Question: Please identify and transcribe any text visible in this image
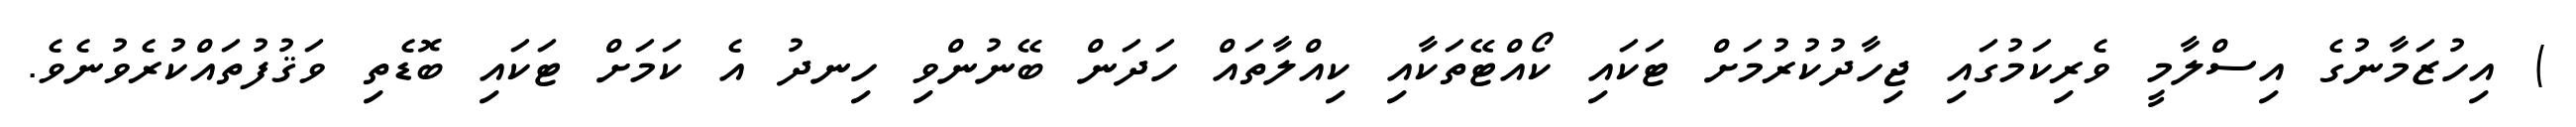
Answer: ) އިހުޒަމާނުގެ އިސްލާމީ ވެރިކަމުގައި ޖިހާދުކުރުމަށް ޓަކައި ކޯއްޓޭތަކާއި ކިއްލާތައް ހަދަން ބޭނުންވި ހިނދު އެ ކަމަށް ޓަކައި ބޮޑެތި ވަޤުފުތައްކުރެވުނެވެ.